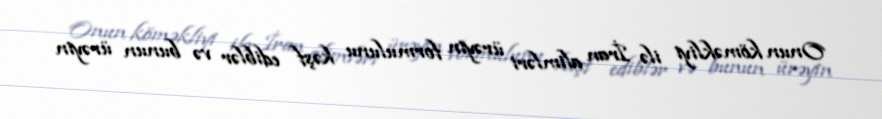
Onun köməkliyi ilə İran alimləri ürəyin formulunu kəşf ediblər və bunun ürəyin